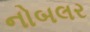
નોબલર